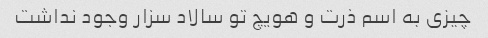
چیزی به اسم ذرت و هویچ تو سالاد سزار وجود نداشت